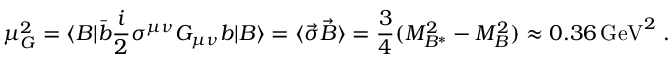
\mu _ { G } ^ { 2 } = \langle B | { \bar { b } } \frac { i } { 2 } \sigma ^ { \mu \nu } G _ { \mu \nu } b | B \rangle = \langle { \vec { \sigma } } { \vec { B } } \rangle = \frac { 3 } { 4 } ( M _ { B ^ { * } } ^ { 2 } - M _ { B } ^ { 2 } ) \approx 0 . 3 6 \, \mathrm { G e V } ^ { 2 } \; .